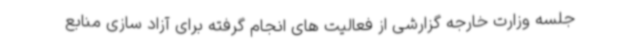
جلسه وزارت خارجه گزارشی از فعالیت های انجام گرفته برای آزاد سازی منابع